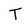
Character: T